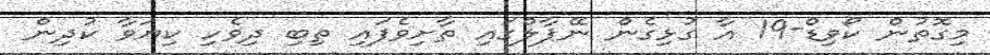
މިގޮތުން ކޯވިޑް-19 އާ ގުޅިގެން ނޭޕާލްގައި ތާށިވެފައި ތިބި ދިވެހި ކިޔަވާ ކުދިން